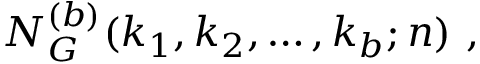
{ \cal N } _ { G } ^ { ( b ) } ( k _ { 1 } , k _ { 2 } , \ldots , k _ { b } ; n ) \ ,